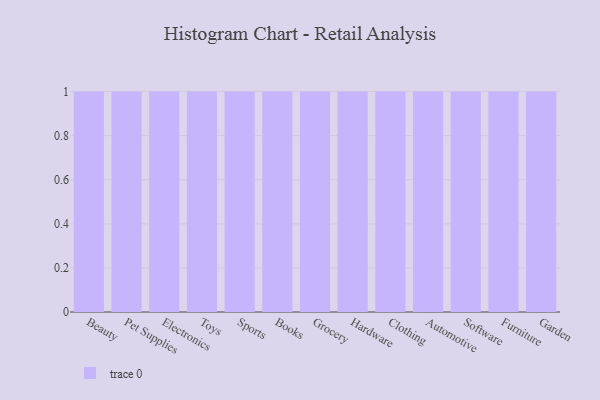
{"axis": {"x": "Category", "y": "Budget (USD K)"}, "legend": [""], "data": [{"x": "Beauty", "y": 23, "type": ""}, {"x": "Pet Supplies", "y": 97, "type": ""}, {"x": "Electronics", "y": 44, "type": ""}, {"x": "Toys", "y": 22, "type": ""}, {"x": "Sports", "y": 11, "type": ""}, {"x": "Books", "y": 78, "type": ""}, {"x": "Grocery", "y": 34, "type": ""}, {"x": "Hardware", "y": 45, "type": ""}, {"x": "Clothing", "y": 12, "type": ""}, {"x": "Automotive", "y": 9, "type": ""}, {"x": "Software", "y": 38, "type": ""}, {"x": "Furniture", "y": 9, "type": ""}, {"x": "Garden", "y": 40, "type": ""}]}